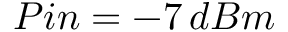
P i n = - 7 \, d B m